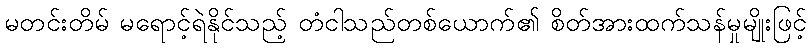
မတင်းတိမ် မရောင့်ရဲနိုင်သည့် တံငါသည်တစ်ယောက်၏ စိတ်အားထက်သန်မှုမျိုးဖြင့်